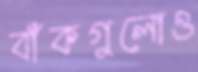
বাঁকগুলোও